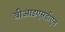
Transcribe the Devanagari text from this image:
बीआइएसडीएन